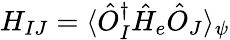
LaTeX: H_{IJ}=\langle\hat{O}_{I}^{\dagger}\hat{H}_{e}\hat{O}_{J}\rangle_{\psi}